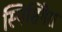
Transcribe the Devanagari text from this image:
स्पिसिगेरा